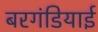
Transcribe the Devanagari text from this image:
बरगंडियाई